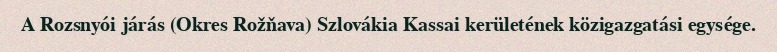
A Rozsnyói járás (Okres Rožňava) Szlovákia Kassai kerületének közigazgatási egysége.